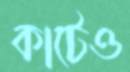
কাটেও